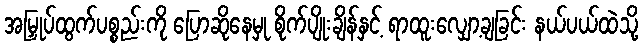
အမြှုပ်ထွက်ပစ္စည်းကို ပြောဆိုနေမှု စိုက်ပျိုးချိန်နှင့် ရာထူးလျှော့ချခြင်း နယ်ပယ်ထဲသို့